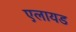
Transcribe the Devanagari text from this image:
एलायड